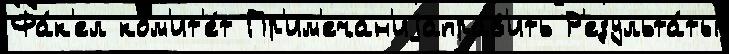
Фа́к'ел ком'ит'е́т Пр'им'ечан'иjаправ'ить Р'езульта́ты